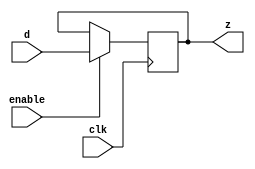
//DONE
module register(z, d, clk, enable);
    parameter n=32;
    input clk, enable;
    input [n-1:0] d;
    reg [n-1:0] q;
    output [n-1:0] z;
    assign z=q;
    always @(posedge clk)begin
       if(enable) q<=d;
    end
endmodule

//vvp a.out +enable=1
module labM;
    reg [31:0] d;
    reg clk, enable, expect;
    wire [31:0] z;
    register #(32) mine(z, d, clk, enable);

    initial
    begin
        enable =1;
        clk = 0;
        repeat(20)
        begin
            #2 d = $random%100;
        end
        $finish;		
    end

    always
    begin
            #5 clk = ~clk;
    end 
    
    initial
    begin
            $monitor("%5d: clk=%b,d=%d,z=%d,enable=%d", $time,clk,d,z,enable); 
    end
endmodule